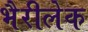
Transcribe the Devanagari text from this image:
भैरीलेक